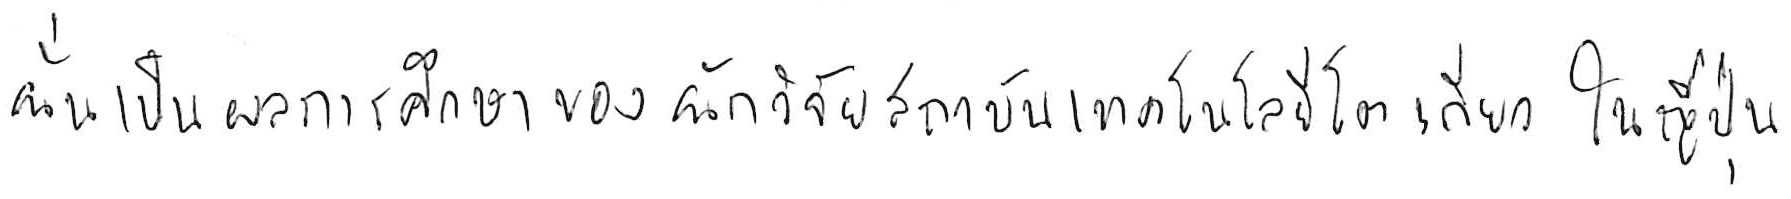
นั่นเป็นผลการศึกษาของนักวิจัยสถาบันเทคโนโลยีโตเกียว ในญี่ปุ่น